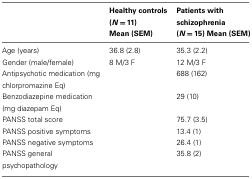
<table><thead><tr><td></td><td><b>Healthy controls (<i>N</i> = 11) Mean (SEM)</b></td><td><b>Patients with schizophrenia (<i>N</i> = 15) Mean (SEM)</b></td></tr></thead><tbody><tr><td>Age (years)</td><td>36.8 (2.8)</td><td>35.3 (2.2)</td></tr><tr><td>Gender (male/female)</td><td>8 M/3 F</td><td>12 M/3 F</td></tr><tr><td>Antipsychotic medication (mg chlorpromazine Eq)</td><td></td><td>688 (162)</td></tr><tr><td>Benzodiazepine medication (mg diazepam Eq)</td><td></td><td>29 (10)</td></tr><tr><td>PANSS total score</td><td></td><td>75.7 (3.5)</td></tr><tr><td>PANSS positive symptoms</td><td></td><td>13.4 (1)</td></tr><tr><td>PANSS negative symptoms</td><td></td><td>26.4 (1)</td></tr><tr><td>PANSS general psychopathology</td><td></td><td>35.8 (2)</td></tr></tbody></table>